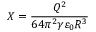
X = \frac { Q ^ { 2 } } { 6 4 \pi ^ { 2 } \gamma \varepsilon _ { 0 } R ^ { 3 } }